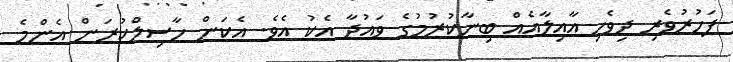
ފަހުރުވެރި ދިވެހި އާއިލާއެއް ބިނާކުރުމުގެ ވައުދާ އެކު އެވެ. އެކަން ހާސިލްކުރަން އެންމެ